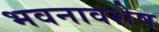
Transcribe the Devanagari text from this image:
भवनावशेष